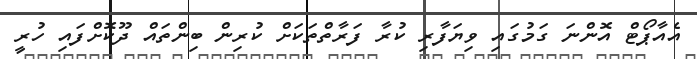
އެއާޕޯޓް އޮންނަ ގަމުގައި ވިޔަފާރި ކުރާ ފަރާތްތަކަށް ކުރިން ބިންތައް ދޫކޮށްފައި ހުރީ